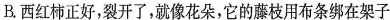
B.西红柿正好，裂开了，就像花朵，它的藤枝用布条绑在架子